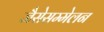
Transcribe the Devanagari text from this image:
जैसेसम्मेलन